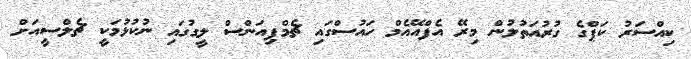
ކިއްސަރު ކަޕްގެ ގުރުއަތުލުން މިރޭ އެފްއޭއެމް ހައުސްގައި ޗެމްޕިއަންސް ލީގުގައި ނުކުޅުމަކީ ޗެލްސީއަށް